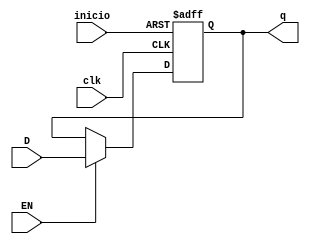
module ffds (q, D, EN, clk, inicio);
    output reg [7:0] q;
    input [7:0] D;
	 input EN, clk, inicio;
   

    always @(posedge(clk), posedge(inicio))
	 
      if (inicio == 1'b1) q <= 1'b1;
		else
		     if (EN == 1'b1)  q <= D;
    
endmodule